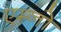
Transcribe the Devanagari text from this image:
एम्नो